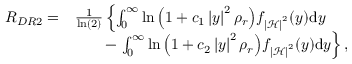
\begin{array} { r l } { { R _ { D R 2 } } = } & { \frac { 1 } { \ln \left( { 2 } \right) } \left\{ \int _ { 0 } ^ { \infty } { \ln { \left( 1 + c _ { 1 } \left| y \right| ^ { 2 } \rho _ { r } \right) } } f _ { \left| \mathcal { H } \right| ^ { 2 } } ( y ) \mathrm { d } y \right. } \\ & { \qquad - \left. \int _ { 0 } ^ { \infty } { \ln { \left( 1 + c _ { 2 } \left| y \right| ^ { 2 } \rho _ { r } \right) } } f _ { \left| \mathcal { H } \right| ^ { 2 } } ( y ) \mathrm { d } y \right\} , } \end{array}